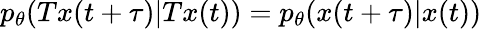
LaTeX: p_{\theta}(Tx(t+\tau)|Tx(t))=p_{\theta}(x(t+\tau)|x(t))